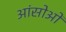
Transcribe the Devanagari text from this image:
आंसोओं